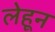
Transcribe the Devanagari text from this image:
लेहून